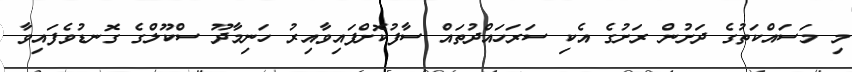
މި މަސައްކަތުގެ ދަށުން ރަށުގެ އެކި ސަރަހައްދުތައް ސާފުކޮށްފައިވާއިރު ހަނިމާދޫ ސްކޫލްގެ ގޮނޑުވެފައިވާ